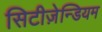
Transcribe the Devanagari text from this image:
सिटीज़ेन्डियम